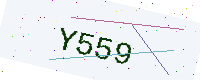
Text: Y559